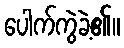
ပေါက်ကွဲခဲ့၏။